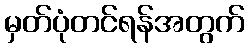
မှတ်ပုံတင်ရန်အတွက်